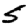
Digit: 5